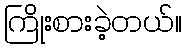
ကြိုးစားခဲ့တယ်။